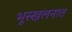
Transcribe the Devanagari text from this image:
भूस्खलनात